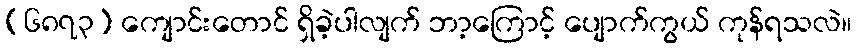
(၆၈၇၃) ကျောင်းတောင် ရှိခဲ့ပါလျက် ဘာ့ကြောင့် ပျောက်ကွယ် ကုန်ရသလဲ။